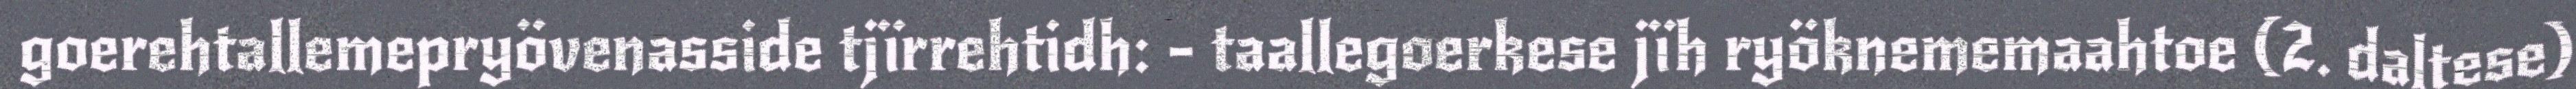
goerehtallemepryövenasside tjïrrehtidh: - taallegoerkese jïh ryöknememaahtoe (2. daltese)